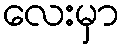
လေးမှာ